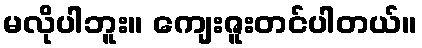
မလိုပါဘူး။ ကျေးဇူးတင်ပါတယ်။